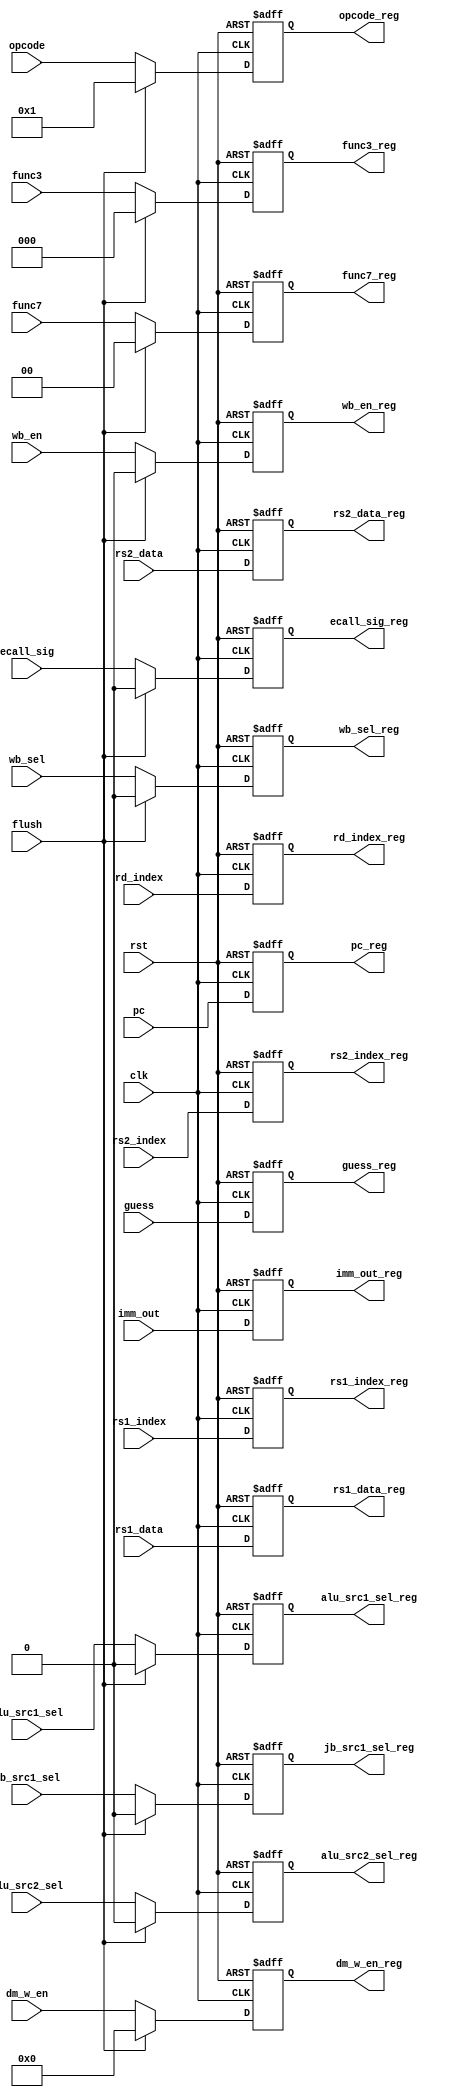
module D_E_Reg (
	input clk,
	input rst,
	input flush,
	input [4:0] rs1_index,
	input [4:0] rs2_index,
	input [4:0] rd_index,
	input [31:0] rs1_data,
	input [31:0] rs2_data,
	input [31:0] imm_out,
	input [31:0] pc, 		// PC	
	input guess,
	/*control signal*/
	input alu_src1_sel,
	input alu_src2_sel,
	input jb_src1_sel,
	input [4:0] opcode,
	input [2:0] func3,
	input [1:0] func7,
	input [3:0] dm_w_en,
	input ecall_sig,
	input wb_sel,
	input wb_en,
	
	output reg[ 4:0] rs1_index_reg,
	output reg[ 4:0] rs2_index_reg,
	output reg[ 4:0] rd_index_reg,
	output reg[31:0] rs1_data_reg,
	output reg[31:0] rs2_data_reg,
	output reg[31:0] imm_out_reg,
	output reg[31:0] pc_reg,
	output reg guess_reg,
	/*control signal*/
	output reg alu_src1_sel_reg,
	output reg alu_src2_sel_reg,
	output reg jb_src1_sel_reg,
	output reg [4:0] opcode_reg,
	output reg [2:0] func3_reg,
	output reg [1:0]func7_reg,
	output reg [3:0] dm_w_en_reg,
	output reg ecall_sig_reg,
	output reg wb_sel_reg,
	output reg wb_en_reg			
);

always@(posedge clk or posedge rst) begin
	if(rst) begin
		rs1_index_reg <=  5'b0;
		rs2_index_reg <=  5'b0;
		rd_index_reg  <= 32'b0;
		rs1_data_reg  <= 32'b0;
		rs2_data_reg  <= 32'b0;
		imm_out_reg   <= 32'b0;
		pc_reg <= 32'b0;
		guess_reg <= 1'b0;
	/*control signal*/
		alu_src1_sel_reg <= 1'b0;
		alu_src2_sel_reg <= 1'b0;
		jb_src1_sel_reg  <= 1'b0;
		opcode_reg  <= 5'b0;
		func3_reg   <= 3'b0;
		func7_reg   <= 2'b0;
		dm_w_en_reg <= 4'b0;
		ecall_sig_reg <= 1'b0;
		wb_sel_reg  <= 1'b0;
		wb_en_reg   <= 1'b0;
	end	
	else begin
		rs1_index_reg <= rs1_index;
		rs2_index_reg <= rs2_index;
		rd_index_reg  <= rd_index;
		rs1_data_reg  <= rs1_data;
		rs2_data_reg  <= rs2_data;
		imm_out_reg   <= imm_out;
		pc_reg <= pc;
		guess_reg <= guess;
	/*control signal*/
		if(flush) begin
			alu_src1_sel_reg <= 1'b0;
			alu_src2_sel_reg <= 1'b0;
			jb_src1_sel_reg <= 1'b0;
			opcode_reg <= 5'b1;
			func3_reg <= 3'b0;
			func7_reg <= 2'b0;
			dm_w_en_reg <= 4'b0;
			ecall_sig_reg <= 1'b0;
			wb_sel_reg <= 1'b0;
			wb_en_reg <= 1'b0;
		end
		else begin
			alu_src1_sel_reg <= alu_src1_sel;
			alu_src2_sel_reg <= alu_src2_sel;
			jb_src1_sel_reg <= jb_src1_sel;
			opcode_reg <= opcode;
			func3_reg <= func3;
			func7_reg <= func7;
			dm_w_en_reg <= dm_w_en;
			ecall_sig_reg <= ecall_sig;
			wb_sel_reg <= wb_sel;
			wb_en_reg <= wb_en;
		end
	end				
end
endmodule